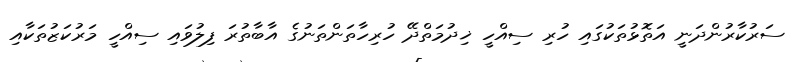
ސަރުކާރުންދަނީ އަތޮޅުތަކުގައި ހުރި ސިއްހީ ޚިދުމަތްދޭ ހުރިހާތަންތަނުގެ އާބާތުރަ ފިލުވައި ސިއްހީ މަރުކަޒުތަކާއި